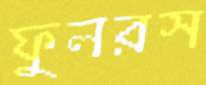
ফুলরস